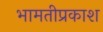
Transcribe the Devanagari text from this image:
भामतीप्रकाश